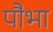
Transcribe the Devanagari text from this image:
पौभा